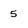
Character: 5